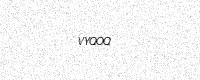
Text: VYQOQ